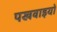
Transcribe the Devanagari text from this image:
पखवाइयों